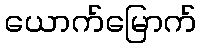
ယောက်မြောက်